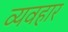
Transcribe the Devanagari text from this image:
व्यवहार